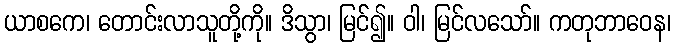
ယာစကေ၊ တောင်းလာသူတို့ကို။ ဒိသွာ၊ မြင်၍။ ဝါ၊ မြင်လသော်။ ကတုဘာဝေန၊